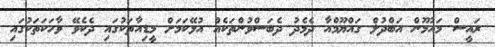
ރައީސް މައުމޫން އަބްދުލް ގައްޔޫމްއާ ދެމެދު ދެބަސްވުންތަކެއް އުޅޭކަމަށް މީޑިއާތަކުގައި ދެކެވޭ ވާހަކަތަކުގައި